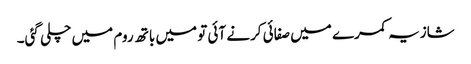
شازیہ کمرے میں صفائی کرنے آئی تو میں باتھ روم میں چلی گئی۔